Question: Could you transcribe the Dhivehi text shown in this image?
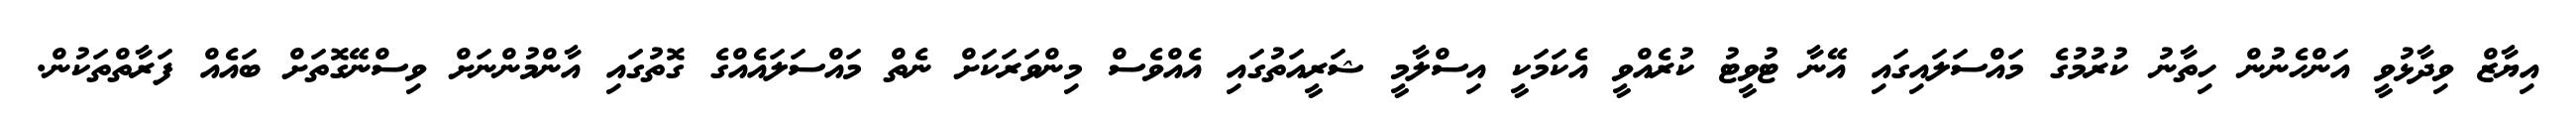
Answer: އިޔާޒް ވިދާޅުވީ އަންހެނުން ހިތާނު ކުރުމުގެ މައްސަލައިގައި އޭނާ ޓުވީޓު ކުރެއްވީ އެކަމަކީ އިސްލާމީ ޝަރީއަތުގައި އެއްވެސް މިންވަރަކަށް ނެތް މައްސަލައެއްގެ ގޮތުގައި އާންމުންނަށް ވިސްނޭގޮތަށް ބައެއް ފަރާތްތަކުން.